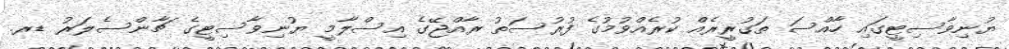
ޔުނިވާސިޓީގައި ހާއްސަ ތަގުރީރެއް ކުރެއްވުމުގެ ފުރުސަތު ރާއްޖޭގެ އިސްލާމީ ޔުނިވާސިޓީގެ ޗާންސެލަރު ޑރ.